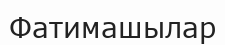
Фатимашылар